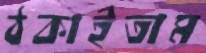
ঠকাইতাম